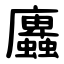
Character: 蠯